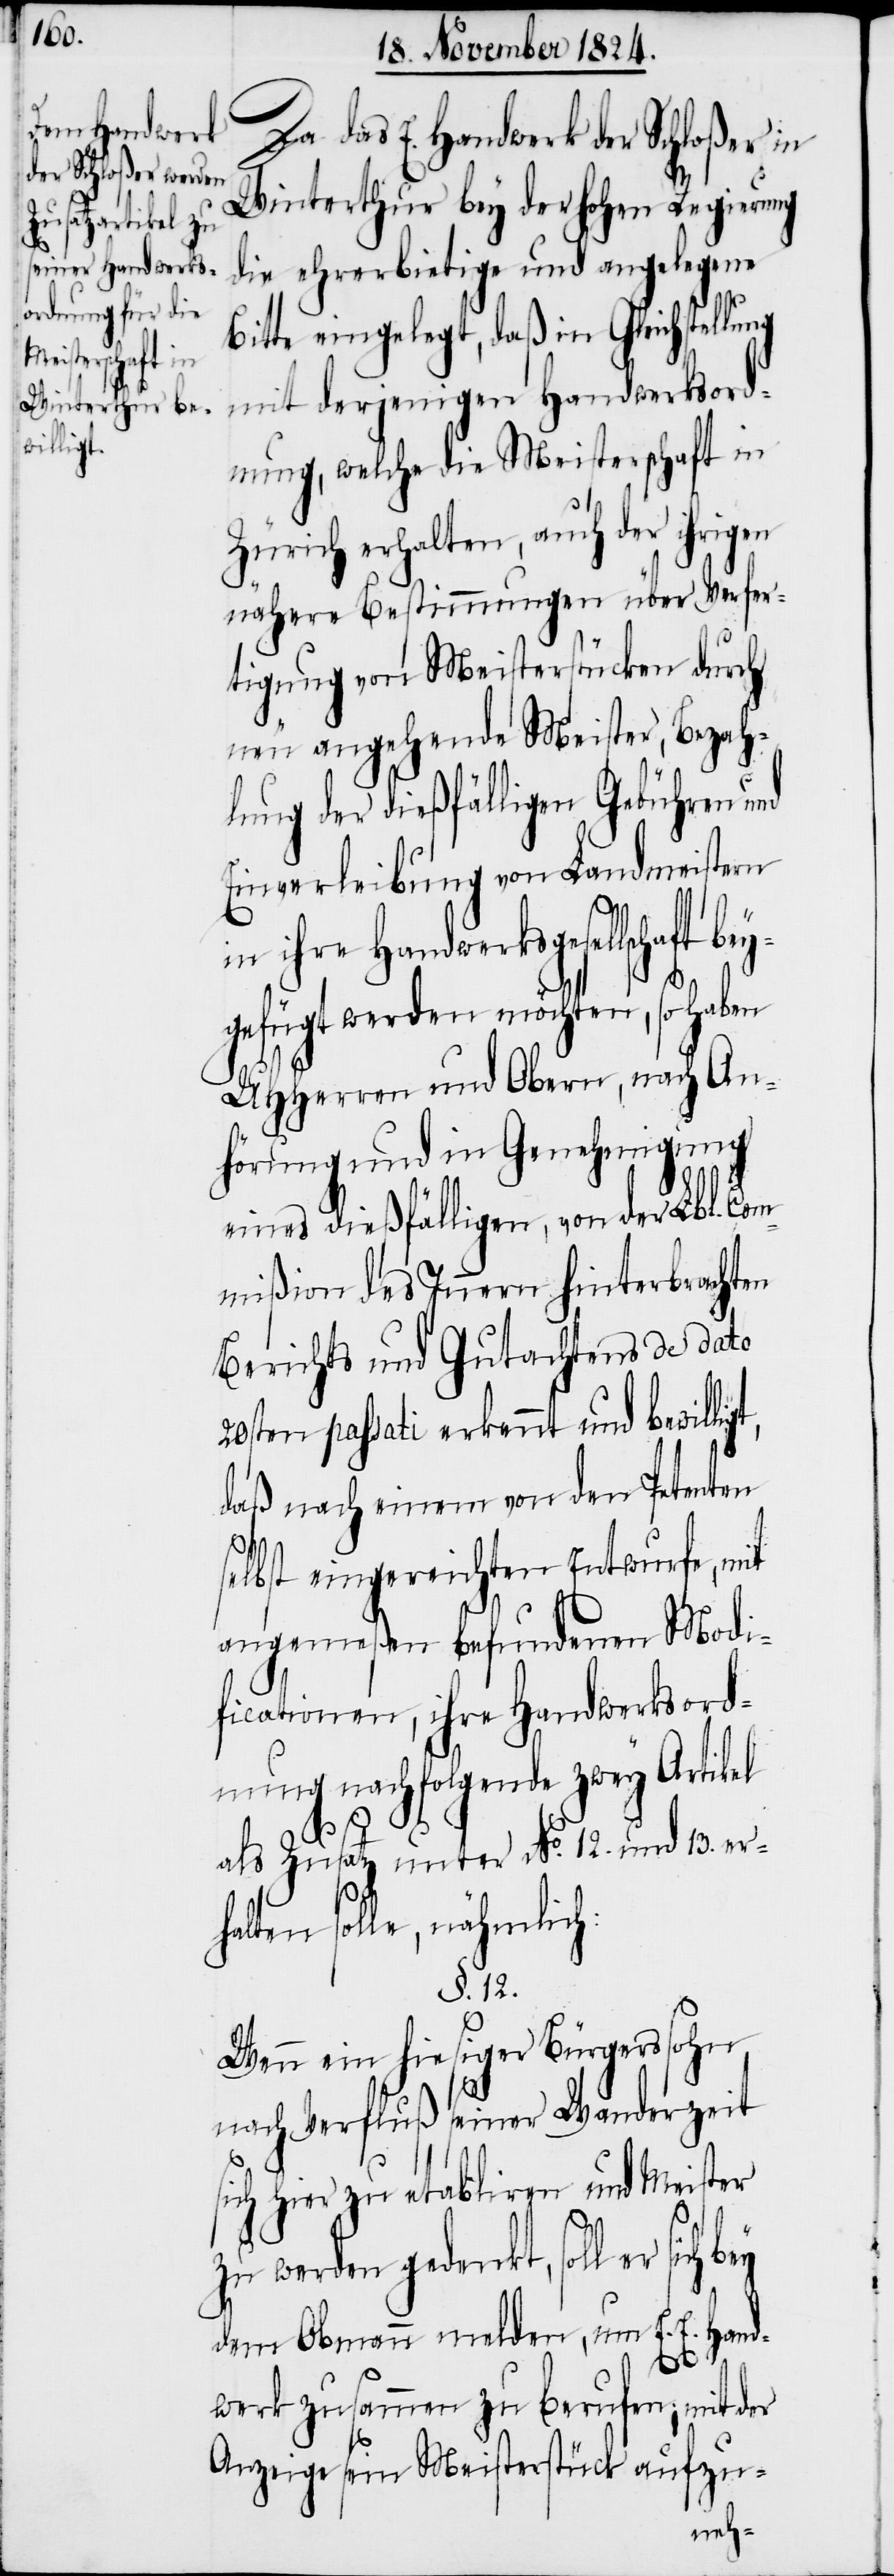
Da das E. Handwerk der Schloßer in
Winterthur bey der Hohen Regierung
die ehrerbietige und angelegene
Bitte eingelegt, daß in Gleichstellung
mit derjenigen Handwerksord¬
nung, welche die Meisterschaft in
Zürich erhalten, auch der ihrigen
nähere Bestimmungen über Verfer¬
tigung von Meisterstücken durch
neu angehende Meister, Bezah¬
lung der dießfälligen Gebühren und
Einverleibung von Landmeistern
ihre Handwerksgesellsc¬
gefügt werden möchten, so haben
UHHerren und Obern, nach An¬
hörung und in Genehmigung
eines dießfälligen, von der Lbl. Com¬
mißion des Innern hinterbrachten
Berichts und Gutachtens de dato
20sten passati erkennt und bewilli¬
daß nach einem von den Petenten
selbst eingereichten Entwurfe, mit
angemeßen befundenen Modi¬
ficationen, ihre Handwerksord¬
nung nachfolgende zwey Artikel
als Zusatz unter No. 12. und 13. er¬
halten solle, nähmlich:
§. 12.
Wenn ein hiesiger Bürgerssohn
nach Verfluß seiner Wanderzeit
sich hier zu etablieren und Meister
zu werden gedenkt, soll er sich
dem Obmann melden, um E. E. Hand¬
s¬
werk zusammen zu berufen, mit der
tück aufzu-
Anzeige sein Meister¬